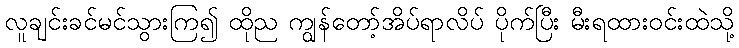
လူချင်းခင်မင်သွားကြ၍ ထိုည ကျွန်တော့်အိပ်ရာလိပ် ပိုက်ပြီး မီးရထားဝင်းထဲသို့